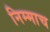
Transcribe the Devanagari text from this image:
निम्माच